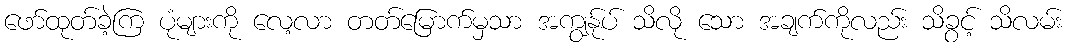
ဖော်ထုတ်ခဲ့ကြ ပုံများကို လေ့လာ တတ်မြောက်မှသာ အကျွန်ုပ် သိလို သော အချက်ကိုလည်း သိခွင့် သိလမ်း